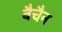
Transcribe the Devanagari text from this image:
बैचैन